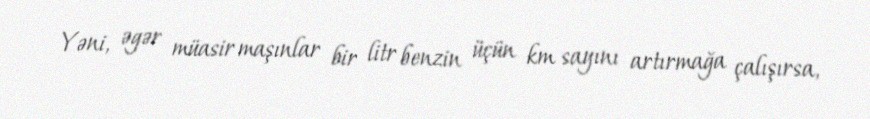
Yəni, əgər müasir maşınlar bir litr benzin üçün km sayını artırmağa çalışırsa,